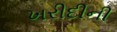
ખરીદીની